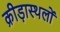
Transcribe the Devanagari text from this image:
क्रीड़ास्थलों